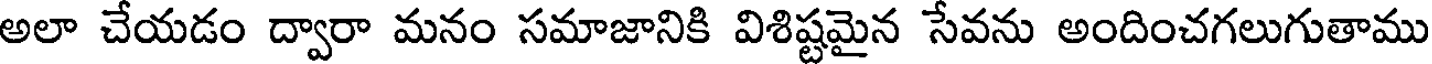
అలా చేయడం ద్వారా మనం సమాజానికి విశిష్టమైన సేవను అందించగలుగుతాము